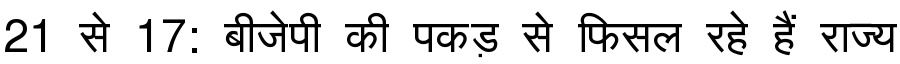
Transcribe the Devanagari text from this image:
21 से 17: बीजेपी की पकड़ से फिसल रहे हैं राज्य